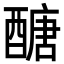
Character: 醣